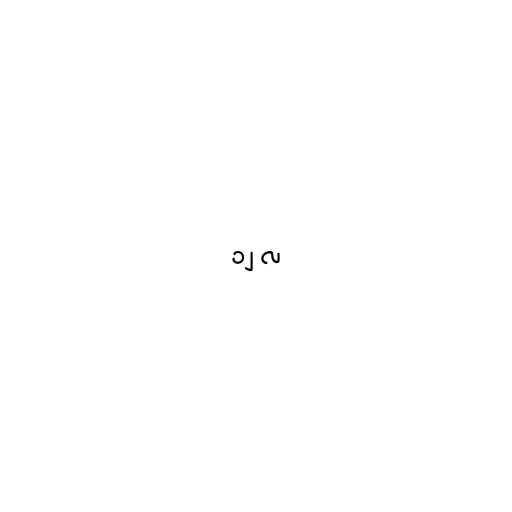
၁၂ လ